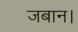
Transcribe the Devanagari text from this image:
जबान।